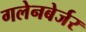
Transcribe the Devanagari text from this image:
गलेनबेर्जर